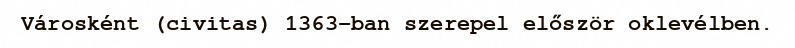
Városként (civitas) 1363-ban szerepel először oklevélben.